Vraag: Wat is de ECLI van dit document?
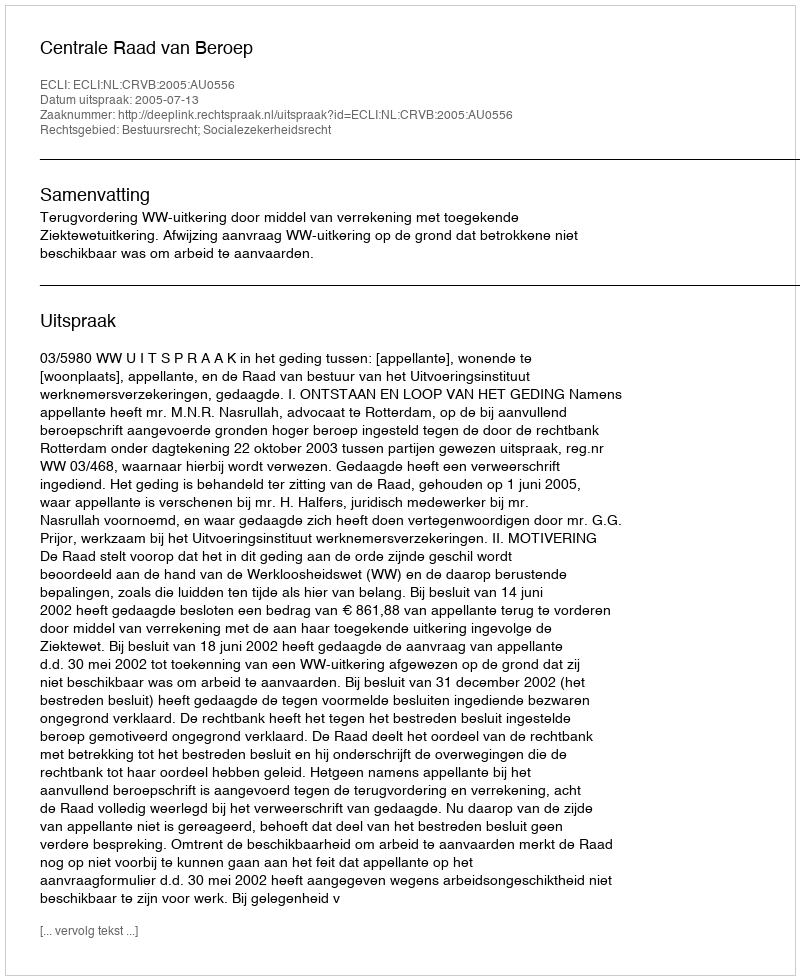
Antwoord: ECLI:NL:CRVB:2005:AU0556